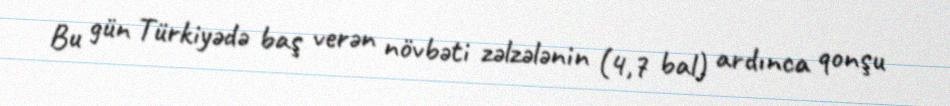
Bu gün Türkiyədə baş verən növbəti zəlzələnin (4,7 bal) ardınca qonşu